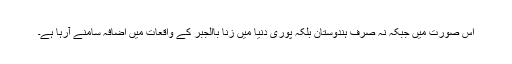
اُس صورت میں جبکہ نہ صرف ہندوستان بلکہ پوری دنیا میں زنا باالجبر کے واقعات میں اضافہ سامنے آرہا ہے۔